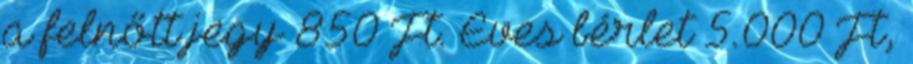
a felnőtt jegy 850 Ft. Éves bérlet 5.000 Ft,